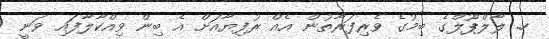
ހ. ލާލްޕޫލްގެ ބިމުގެ ވެރިފަރާތުން އެއް ރުފިޔާއަށް އެ ބިން ވިއްކާލާފައި ވަނީ